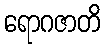
ရောဂဇာတိ